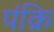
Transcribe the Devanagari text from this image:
पंक्रि